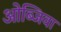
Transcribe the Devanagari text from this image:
ओब्जिवा